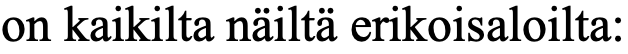
on kaikilta näiltä erikoisaloilta: